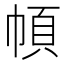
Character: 幁